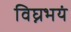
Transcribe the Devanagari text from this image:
विघ्नभयं